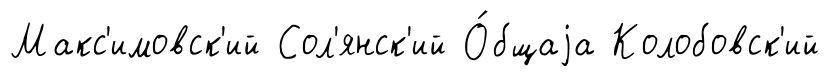
Макс'имовск'ий Сол'янск'ий О́бщаjа Колобовск'ий